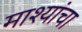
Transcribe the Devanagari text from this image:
माश्यांचा